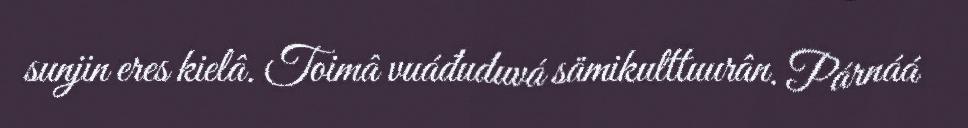
sunjin eres kielâ. Toimâ vuáđuduvá sämikulttuurân. Párnáá